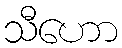
သီဟော